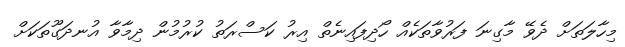
މިހާލަތަށް ދެވޭ މާގިނަ ފަރުވާތަކެއް ހޯދިފައިނެތް އިރު ކަސްރަތު ކުރުމުން ދިމާވާ އުނދަގޫތަކަށް